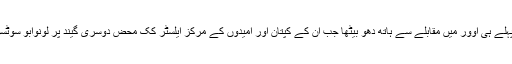
بعدازاں انگلستان اپنے پہلے ہی اوور میں مقابلے سے ہاتھ دھو بیٹھا جب ان کے کپتان اور امیدوں کے مرکز ایلسٹر کک محض دوسری گیند پر لونوابو سوٹسوبے کا شکار بن گئے۔